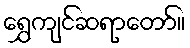
ရွှေကျင်ဆရာတော်။